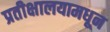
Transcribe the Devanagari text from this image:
प्रतीक्षालयामधून